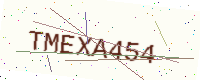
Text: TMEXA454